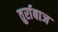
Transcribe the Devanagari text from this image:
तुर्राबाज